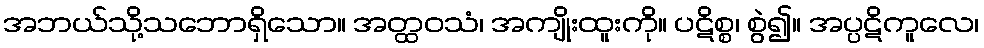
အဘယ်သို့သဘောရှိသော။ အတ္ထဝသံ၊ အကျိုးထူးကို။ ပဋိစ္စ၊ စွဲ၍။ အပ္ပဋိကူလေ၊